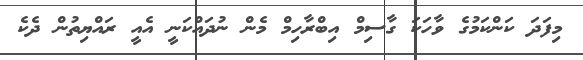
މިފަދަ ކަންކަމުގެ ވާހަކަ ގާސިމް އިބްރާހިމް މެން ނުދައްކަނީ އެއީ ރައްޔިތުން ދެކެ